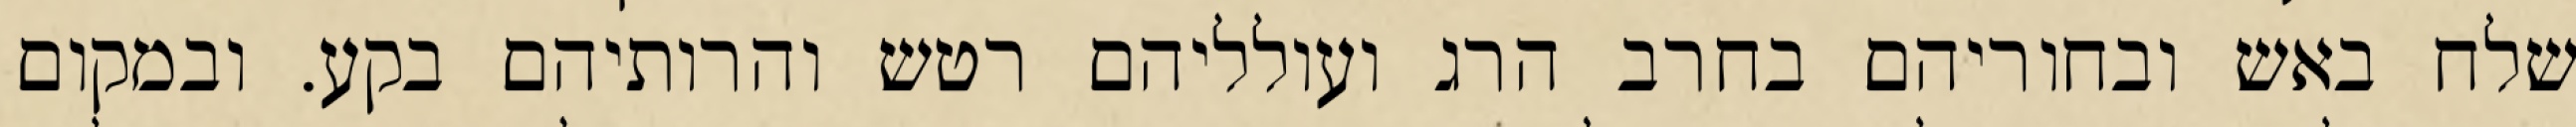
שלח באש ובחוריהם בחרב הרג ועולליהם רטש והרותיהם בקע. ובמקום